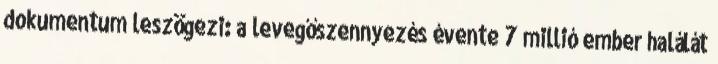
dokumentum leszögezi: a levegőszennyezés évente 7 millió ember halálát